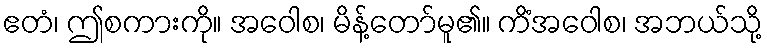
ဧတံ၊ ဤစကားကို။ အဝေါစ၊ မိန့်တော်မူ၏။ ကိံအဝေါစ၊ အဘယ်သို့